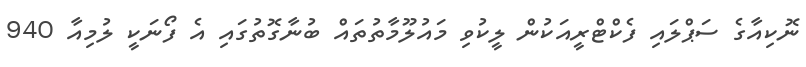
ނޮކިއާގެ ސަޕްލައި ފެކްޓްރީއަކުން ލީކުވި މައުލޫމާތުތައް ބުނާގޮތުގައި އެ ފޯނަކީ ލުމިއާ 940